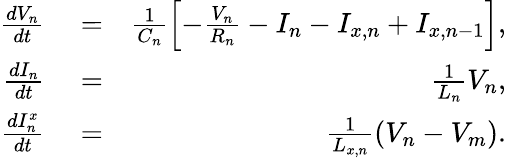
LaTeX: \begin{array}{rlr}{\frac{dV_{n}}{dt}}&{{}=}&{\frac{1}{C_{n}}\left[-\frac{V_{n}}{R_{n}}-I_{n}-I_{x,n}+I_{x,n-1}\right],}\\ {\frac{dI_{n}}{dt}}&{{}=}&{\frac{1}{L_{n}}V_{n},}\\ {\frac{dI_{n}^{x}}{dt}}&{{}=}&{\frac{1}{L_{x,n}}\left(V_{n}-V_{m}\right).}\end{array}